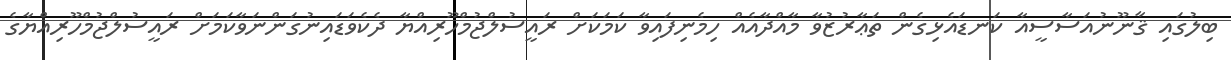
ބިލުގައި ޤާނޫނުއަސާސީއާ ކަނޑައެޅިގެން ތަޢާރުޒުވާ މާއްދާއެއް ހިމެނިފައިވާ ކަމަކަށް ރައީސުލްޖުމްހޫރިއްޔާ ދެކެވަޑައިނުގަންނަވާކަމަށް ރައީސުލްޖުމްހޫރިއްޔާގެ